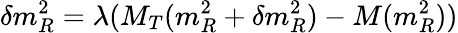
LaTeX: \delta m_{R}^{2}=\lambda(M_{T}(m_{R}^{2}+\delta m_{R}^{2})-M(m_{R}^{2}))